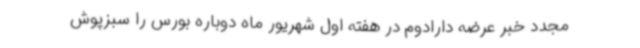
مجدد خبر عرضه دارادوم در هفته اول شهریور ماه دوباره بورس را سبزپوش